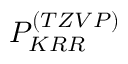
P _ { K R R } ^ { ( T Z V P ) }